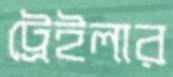
ট্রেইলার